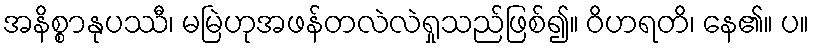
အနိစ္စာနုပဿီ၊ မမြဲဟုအဖန်တလဲလဲရှုသည်ဖြစ်၍။ ဝိဟရတိ၊ နေ၏။ ပ။